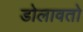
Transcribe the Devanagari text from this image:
डोलावतो